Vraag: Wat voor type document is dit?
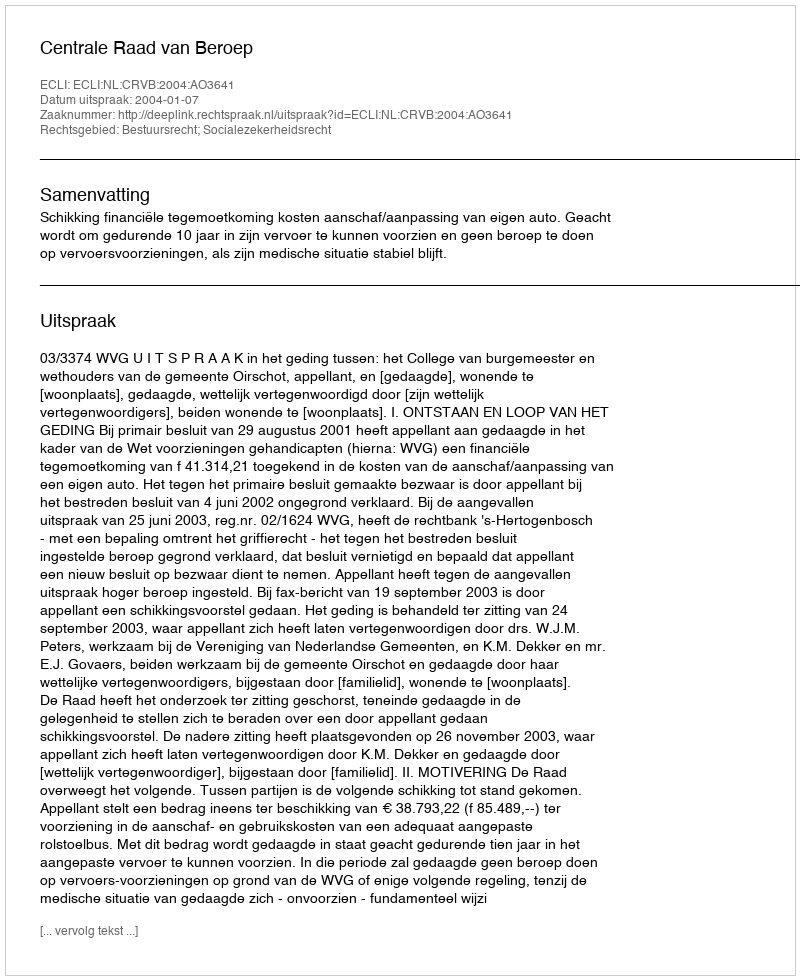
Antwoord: Uitspraak